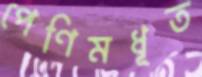
পেণিমধূত